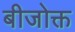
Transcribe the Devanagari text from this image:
बीजोक्त